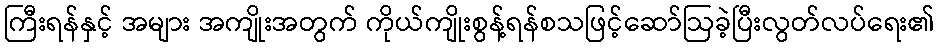
ကြီးရန်နှင့် အများ အကျိုးအတွက် ကိုယ်ကျိုးစွန့်ရန်စသဖြင့်ဆော်ဩခဲ့ပြီးလွတ်လပ်ရေး၏